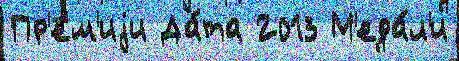
Пр'е́м'иjи Да́та 2013 М'еда́л'и